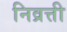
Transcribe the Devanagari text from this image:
निव्रत्ती